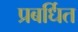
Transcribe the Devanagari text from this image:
प्रबर्धित